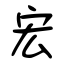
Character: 宏